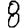
Digit: 8